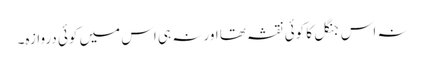
نہ اس جنگل کا کوئی نقشہ تھا اور نہ ہی اس میں کوئی دروازہ۔